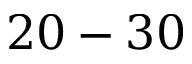
2 0 - 3 0